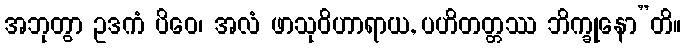
အဘုတွာ ဥဒကံ ပိဝေ၊ အလံ ဖာသုဝိဟာရာယ, ပဟိတတ္တဿ ဘိက္ခုနော”တိ။